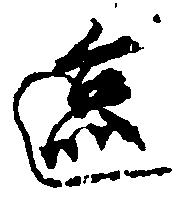
区